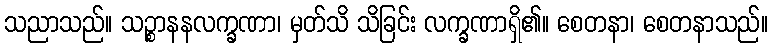
သညာသည်။ သဉ္စာနနလက္ခဏာ၊ မှတ်သိ သိခြင်း လက္ခဏာရှိ၏။ စေတနာ၊ စေတနာသည်။